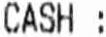
CASH :